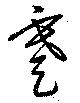
蹇